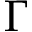
\Gamma